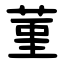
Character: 菫